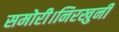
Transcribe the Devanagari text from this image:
समोरी।निरखुनी